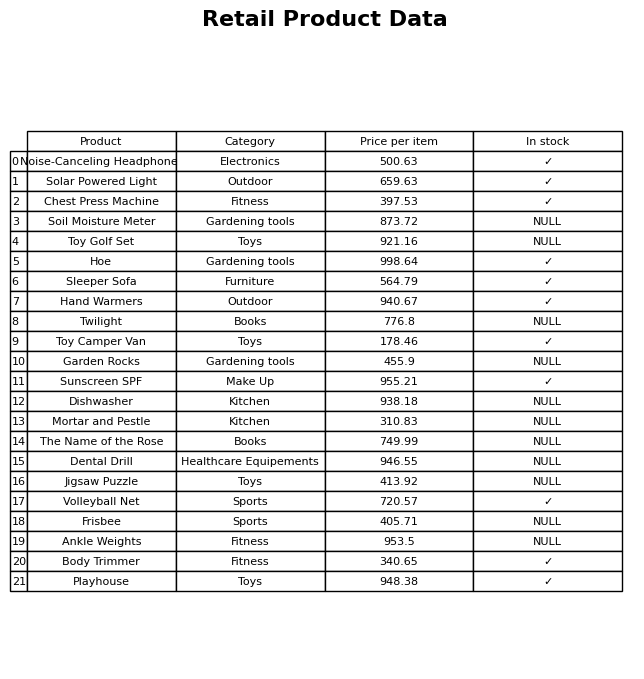
question: What category does the Ankle Weights belong to?
answer: Fitness